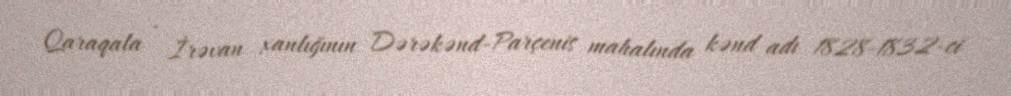
Qaraqala - İrəvan xanlığının Dərəkənd-Parçenis mahalında kənd adı 1828-1832-ci